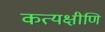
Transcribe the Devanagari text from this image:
कत्यक्षीणि